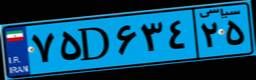
۶۷D۶۴۶۵۲